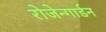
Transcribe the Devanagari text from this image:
रोजेन्गार्डन